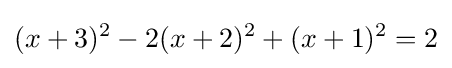
(x+3)^{2}-2(x+2)^{2}+(x+1)^{2}=2